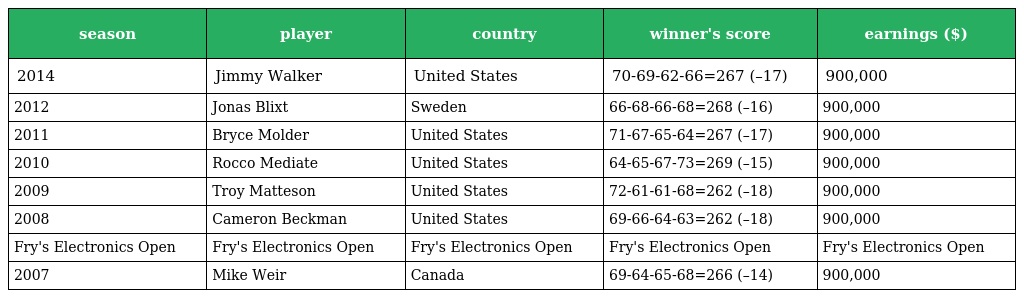
| season | player | country | winner's score | earnings ($) |
 | --- | --- | --- | --- | --- |
 | 2014 | Jimmy Walker | United States | 70-69-62-66=267 (–17) | 900,000 |
 | 2012 | Jonas Blixt | Sweden | 66-68-66-68=268 (–16) | 900,000 |
 | 2011 | Bryce Molder | United States | 71-67-65-64=267 (–17) | 900,000 |
 | 2010 | Rocco Mediate | United States | 64-65-67-73=269 (–15) | 900,000 |
 | 2009 | Troy Matteson | United States | 72-61-61-68=262 (–18) | 900,000 |
 | 2008 | Cameron Beckman | United States | 69-66-64-63=262 (–18) | 900,000 |
 | Fry's Electronics Open | Fry's Electronics Open | Fry's Electronics Open | Fry's Electronics Open | Fry's Electronics Open |
 | 2007 | Mike Weir | Canada | 69-64-65-68=266 (–14) | 900,000 |